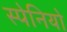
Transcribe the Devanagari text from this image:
स्पेनियो